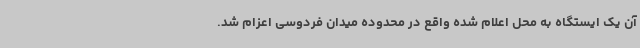
آن یک ایستگاه به محل اعلام شده واقع در محدوده میدان فردوسی اعزام شد.